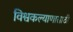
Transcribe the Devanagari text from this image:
विश्वकल्याणासाठी